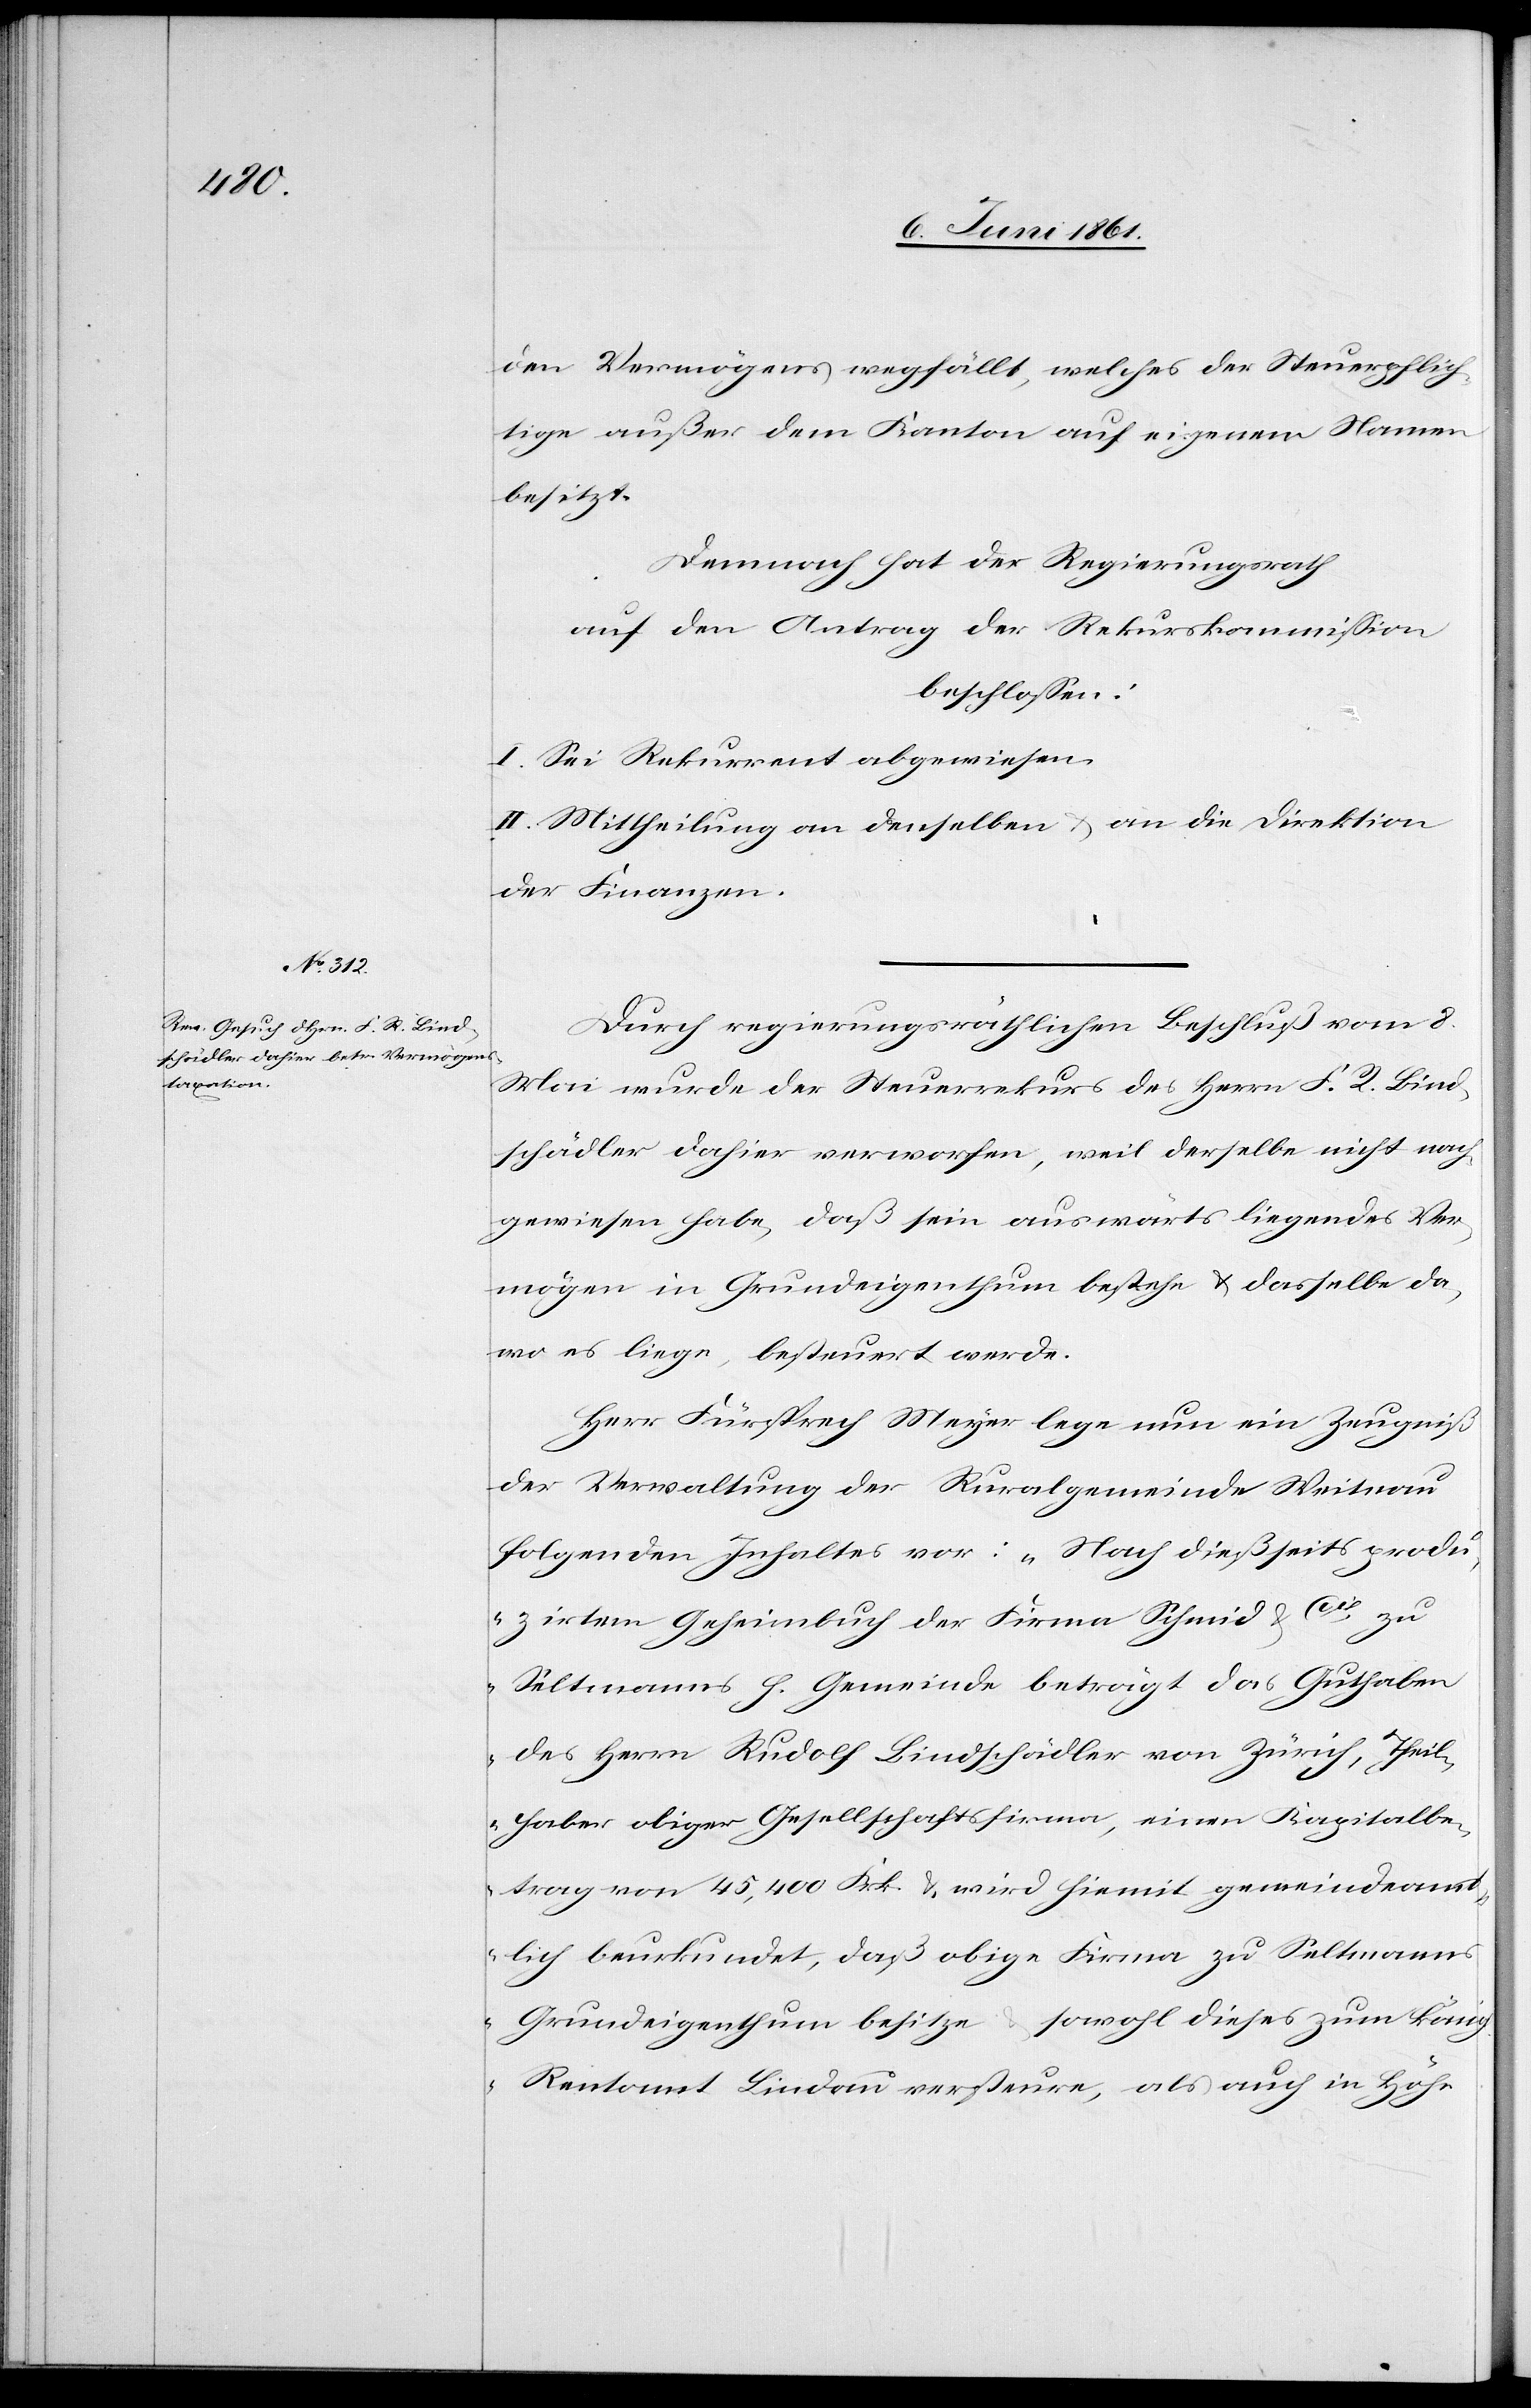
den Vermögens wegfällt, welches der Steuerpflich¬
tige außer dem Kanton auf eigenen Namen
besitzt.
Demnach hat der Regierungsrath
auf den Antrag der Rekurskommission
beschlossen:
I. Sei Rekurrent abgewiesen.
II. Mittheilung an denselben u. and ei Direktion
der Finanzen.
Durch regierungsräthlichen Beschluß vom 8.
Mai wurde der Steuerrekurs des Herrn F. R. Bind¬
schädler dahier verworfen, weil derselbe nicht nach¬
gewiesen habe, daß sein auswärts liegendes Ver¬
mögen in Grundeigenthum bestehe u. dasselbe da
wo es liege, besteuert werde.
Herr Fürsprech Meyer lege nun ein Zeugniß
der Verwaltung der Kuralgemeinde Weitnau
folgenden Inhaltes vor: „Nach dießseits prod¬
uzirtem Geheimbuch der Firma Schmid u. Cie
Seltmanns h. Gemeinde beträgt das Guthaben
des Herrn Rudolf Bindschädler von Zürich, Theil¬
haber obiger Gesellschaftsfirma, einen Kapitalbe¬
trag von 45,400 Frk. u. wird hiemit gemeindamt¬
lich beurkundet, daß obige Firma zu Seltmanns
Grundeigenthum besitze u. sowohl dieses zum könig.
Rentamt Lindau versteure, als auch in Höhe